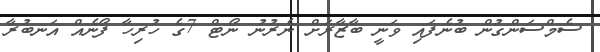
ސެމްސަންގުން ބުނެފައި ވަނީ ބާޒާރަށް ނެރުނު ނޯޓް 7ގެ ހުރިހާ ފޯނެއް އަނބުރާ